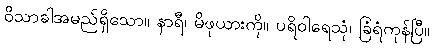
ဝိသာခါအမည်ရှိသော။ နာရီ၊ မိဖုယားကို။ ပရိဝါရေသုံ၊ ခြံရံကုန်ပြီ။